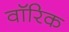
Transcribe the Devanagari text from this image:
वॉरिक